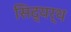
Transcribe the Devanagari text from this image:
सिद्यर्थ